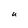
Character: U